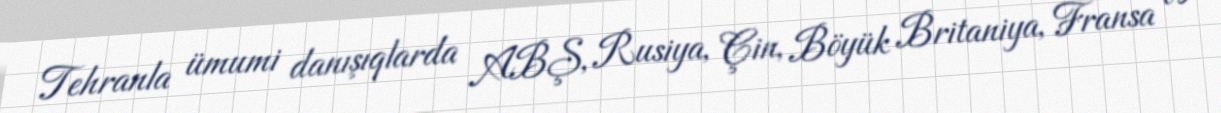
Tehranla ümumi danışıqlarda ABŞ, Rusiya, Çin, Böyük Britaniya, Fransa və